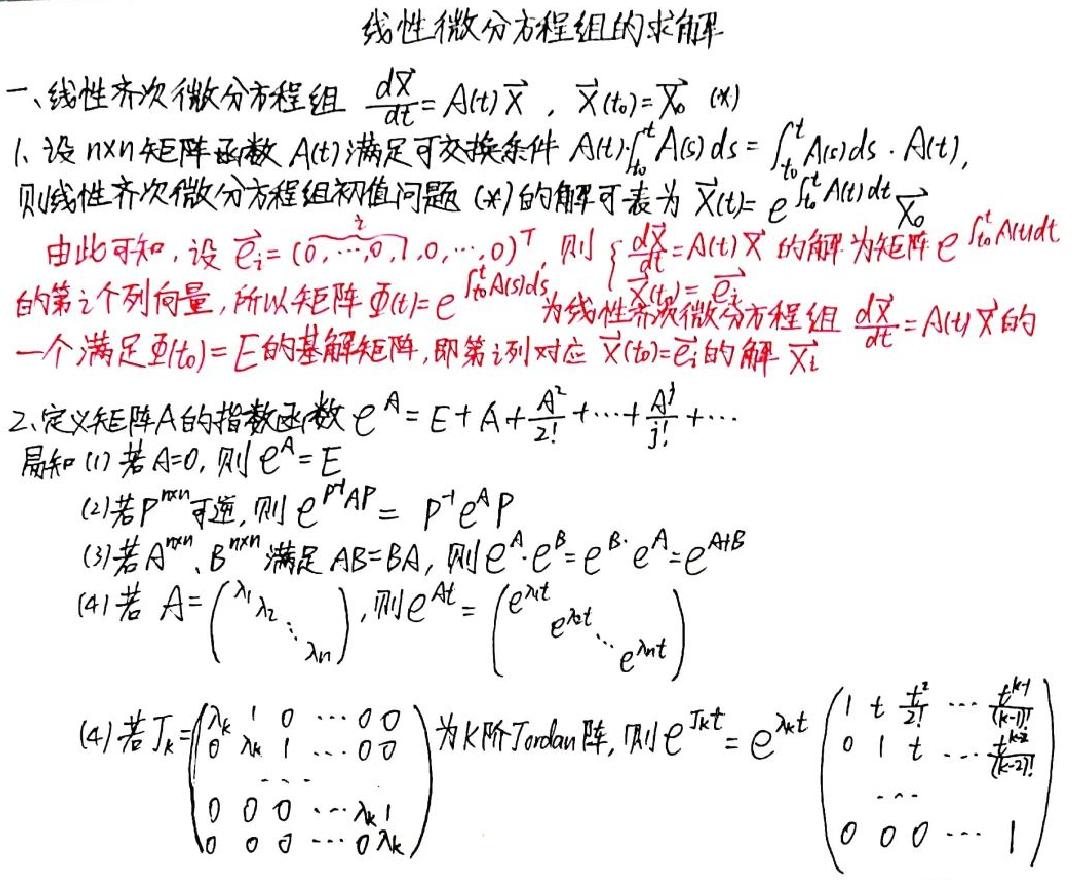
线性微分方程组的求解

一、线性齐次微分方程组 $\frac{d\vec{X}}{dt}=A(t)\vec{X}$，$\vec{X}(t_0)=\vec{X}_0$ (*)
1. 设 $n\times n$ 矩阵函数 $A(t)$ 满足可交换条件 $A(t)\int_{t_0}^{t}A(s)ds=\int_{t_0}^{t}A(s)ds\cdot A(t)$，
则线性齐次微分方程组初值问题 (*) 的解可表为 $\vec{X}(t)=e^{\int_{t_0}^{t}A(t)dt}\vec{X}_0$
由此可知，设 $\vec{e}_i=(0,\cdots,0,1,0,\cdots,0)^T$，则 $\begin{cases}\frac{d\vec{X}}{dt}=A(t)\vec{X}\\ \vec{X}(t_0)=\vec{e}_i\end{cases}$ 的解为矩阵 $e^{\int_{t_0}^{t}A(s)ds}$ 的第 $i$ 个列向量，所以矩阵 $\varPhi(t)=e^{\int_{t_0}^{t}A(s)ds}$ 为线性齐次微分方程组 $\frac{d\vec{X}}{dt}=A(t)\vec{X}$ 的一个满足 $\varPhi(t_0)=E$ 的基解矩阵，即第 $i$ 列对应 $\vec{X}(t_0)=\vec{e}_i$ 的解 $\vec{X}_i$
2. 定义矩阵 $A$ 的指数函数 $e^{A}=E + A+\frac{A^{2}}{2!}+\cdots+\frac{A^{j}}{j!}+\cdots$
易知 (1) 若 $A = 0$，则 $e^{A}=E$
(2) 若 $P^{n\times n}$ 可逆，则 $e^{P^{-1}AP}=P^{-1}e^{A}P$
(3) 若 $A^{n\times n}$、$B^{n\times n}$ 满足 $AB = BA$，则 $e^{A}\cdot e^{B}=e^{B}\cdot e^{A}=e^{A + B}$
(4) 若 $A=\begin{pmatrix}\lambda_1& & \\ &\ddots& \\ & &\lambda_n\end{pmatrix}$，则 $e^{At}=\begin{pmatrix}e^{\lambda_1t}& & \\ &\ddots& \\ & &e^{\lambda_nt}\end{pmatrix}$
(5) 若 $J_k=\begin{pmatrix}\lambda_k&1&0&\cdots&0&0\\ 0&\lambda_k&1&\cdots&0&0\\ \vdots&\vdots&\vdots&\ddots&\vdots&\vdots\\ 0&0&0&\cdots&\lambda_k&1\\ 0&0&0&\cdots&0&\lambda_k\end{pmatrix}$ 为 $k$ 阶 Jordan 阵，则 $e^{J_kt}=e^{\lambda_kt}\begin{pmatrix}1&t&\frac{t^{2}}{2!}&\cdots&\frac{t^{k - 1}}{(k - 1)!}\\ 0&1&t&\cdots&\frac{t^{k - 2}}{(k - 2)!}\\ \vdots&\vdots&\vdots&\ddots&\vdots\\ 0&0&0&\cdots&1\end{pmatrix}$